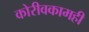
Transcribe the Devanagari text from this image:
कोरीवकामही